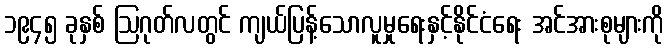
၁၉၄၅ ခုနှစ် ဩဂုတ်လတွင် ကျယ်ပြန့်သောလူမှုရေးနှင့်နိုင်ငံရေး အင်အားစုများကို